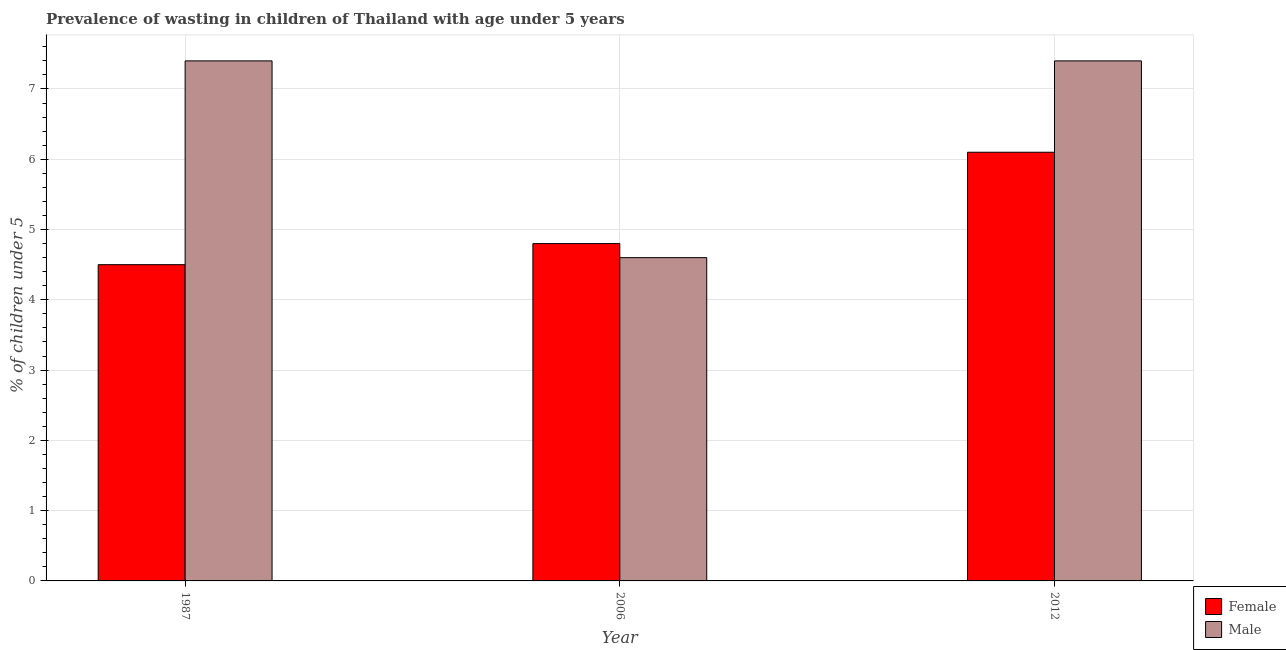
| Year | Female | Male |
 | --- | --- | --- |
 | 1987 | 4.5 | 7.4 |
 | 2006 | 4.8 | 4.6 |
 | 2012 | 6.1 | 7.4 |